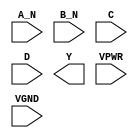
module sky130_fd_sc_hs__nand4bb (
    //# {{data|Data Signals}}
    input  A_N ,
    input  B_N ,
    input  C   ,
    input  D   ,
    output Y   ,

    //# {{power|Power}}
    input  VPWR,
    input  VGND
);
endmodule